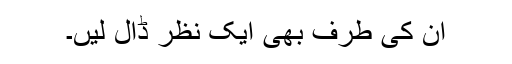
ان کی طرف بھی ایک نظر ڈال لیں۔